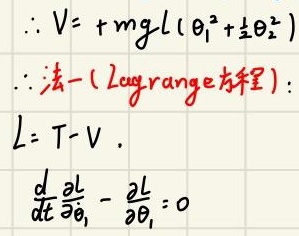
\(\therefore V = + mgl(\theta_{1}^{2}+\frac{1}{2}\theta_{2}^{2})\)
\(\therefore\)法一 (Lagrange方程)：
\(L = T - V\).
\(\frac{d}{dt}\frac{\partial L}{\partial\dot{\theta}_{1}}-\frac{\partial L}{\partial\theta_{1}} = 0\)